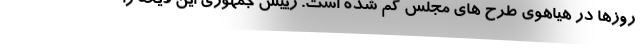
روزها در هیاهوی طرح های مجلس گم شده است. رییس جمهوری این لایحه را